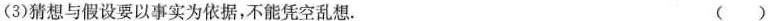
(3)猜想与假设要以事实为依据，不能凭空乱想。